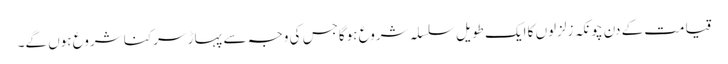
قیامت کے دن چونکہ زلزلوں کا ایک طویل سلسلہ شروع ہوگاجس کی وجہ سے پہاڑ سرکنا شروع ہوں گے۔